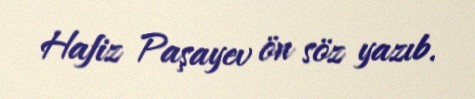
Hafiz Paşayev ön söz yazıb.